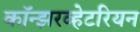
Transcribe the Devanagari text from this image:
कॉन्झरव्हेटरियन